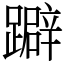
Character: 躃